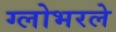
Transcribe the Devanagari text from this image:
ग्लोभरले